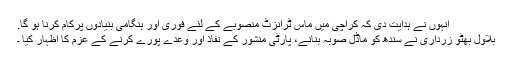
انہوں نے ہدایت دی کہ کراچی میں ماس ٹرانزٹ منصوبے کے لئے فوری اور ہنگامی بنیادوں پرکام کرنا ہو گا.
بلاول بھٹو زرداری نے سندھ کو ماڈل صوبہ بنانے، پارٹی منشور کے نفاذ اور وعدے پورے کرنے کے عزم کا اظہار کیا ۔